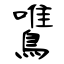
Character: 鷕